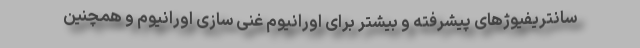
سانتریفیوژهای پیشرفته و بیشتر برای اورانیوم غنی سازی اورانیوم و همچنین